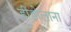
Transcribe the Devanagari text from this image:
हींडोलाना